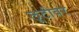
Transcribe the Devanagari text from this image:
लूटीवर